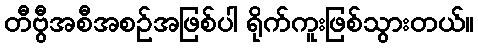
တီဗွီအစီအစဉ်အဖြစ်ပါ ရိုက်ကူးဖြစ်သွားတယ်။